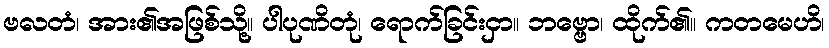
ဗလတံ၊ အား၏အဖြစ်သို့။ ပါပုဏိတုံ၊ ရောက်ခြင်းငှာ။ ဘဗ္ဗော၊ ထိုက်၏။ ကတမေဟိ၊